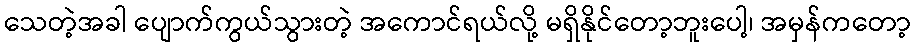
သေတဲ့အခါ ပျောက်ကွယ်သွားတဲ့ အကောင်ရယ်လို့ မရှိနိုင်တော့ဘူးပေါ့၊ အမှန်ကတော့